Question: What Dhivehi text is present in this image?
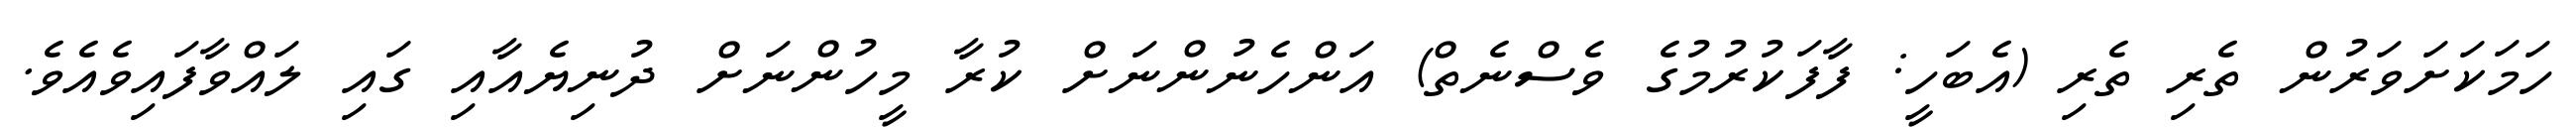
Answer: ހަމަކަށަވަރުން ތެރި ތެރި (އެބަހީ: ފާފަކުރުމުގެ ވެސްނެތް) އަންހެނުންނަށް ކުރާ މީހުންނަށް ދުނިޔެއާއި ގައި ލައްވާފައިވެއެވެ.